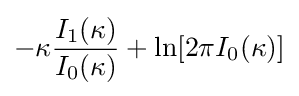
-\kappa {\frac {I_{1}(\kappa )}{I_{0}(\kappa )}}+\ln[2\pi I_{0}(\kappa )]